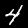
Label: 4